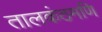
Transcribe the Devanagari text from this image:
तालकंठमणि